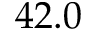
4 2 . 0